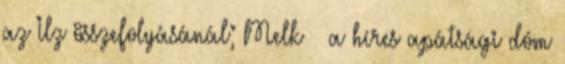
az Ilz összefolyásánál; Melk – a híres apátsági dóm